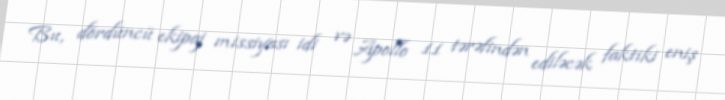
Bu, dördüncü ekipaj missiyası idi və Apollo 11 tərəfindən ediləcək faktiki eniş